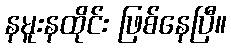
နမူးနထိုင်း ဖြစ်နေပြီ။